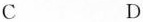
C D